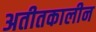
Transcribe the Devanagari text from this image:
अतीतकालीन